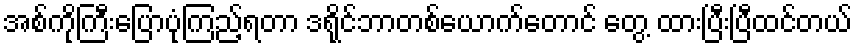
အစ်ကိုကြီးပြောပုံကြည့်ရတာ ဒရိုင်ဘာတစ်ယောက်တောင် တွေ့ ထားပြီးပြီထင်တယ်